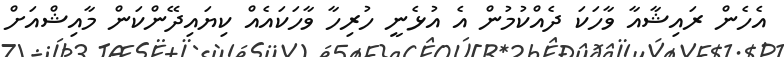
އެހެން ރައިޝާއާ ވާހަކަ ދެއްކުމުން އެ އުޅެނީ ހުރިހާ ވާހަކައެއް ކިޔައިދޭންކަން މާއިޝްއަށް